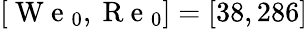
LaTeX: [\mathrm{~W~e~}_{0},\mathrm{~R~e~}_{0}]=[38,286]